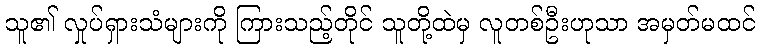
သူ၏ လှုပ်ရှားသံများကို ကြားသည့်တိုင် သူတို့ထဲမှ လူတစ်ဦးဟုသာ အမှတ်မထင်